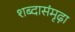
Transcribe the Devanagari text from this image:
शब्दासंमृढ़ा